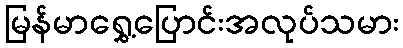
မြန်မာရွှေ့ပြောင်းအလုပ်သမား